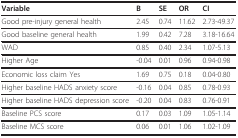
<table><thead><tr><td><b>Variable</b></td><td><b>B</b></td><td><b>SE</b></td><td><b>OR</b></td><td><b>CI</b></td></tr></thead><tbody><tr><td>Good pre-injury general health</td><td>2.45</td><td>0.74</td><td>11.62</td><td>2.73-49.37</td></tr><tr><td>Good baseline general health</td><td>1.99</td><td>0.42</td><td>7.28</td><td>3.18-16.64</td></tr><tr><td>WAD</td><td>0.85</td><td>0.40</td><td>2.34</td><td>1.07-5.13</td></tr><tr><td>Higher Age</td><td>-0.04</td><td>0.01</td><td>0.96</td><td>0.94-0.98</td></tr><tr><td>Economic loss claim Yes</td><td>1.69</td><td>0.75</td><td>0.18</td><td>0.04-0.80</td></tr><tr><td>Higher baseline HADS anxiety score</td><td>-0.16</td><td>0.04</td><td>0.85</td><td>0.78-0.93</td></tr><tr><td>Higher baseline HADS depression score</td><td>-0.20</td><td>0.04</td><td>0.83</td><td>0.76-0.91</td></tr><tr><td>Baseline PCS score</td><td>0.17</td><td>0.03</td><td>1.09</td><td>1.05-1.14</td></tr><tr><td>Baseline MCS score</td><td>0.06</td><td>0.01</td><td>1.06</td><td>1.02-1.09</td></tr></tbody></table>